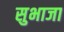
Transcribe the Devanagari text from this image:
सुभाजा